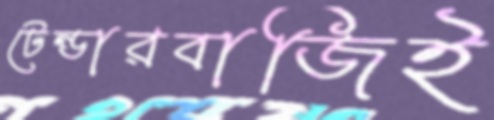
টেন্ডারবাজিই